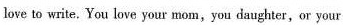
love to write. You love your mom,you daughter,or your